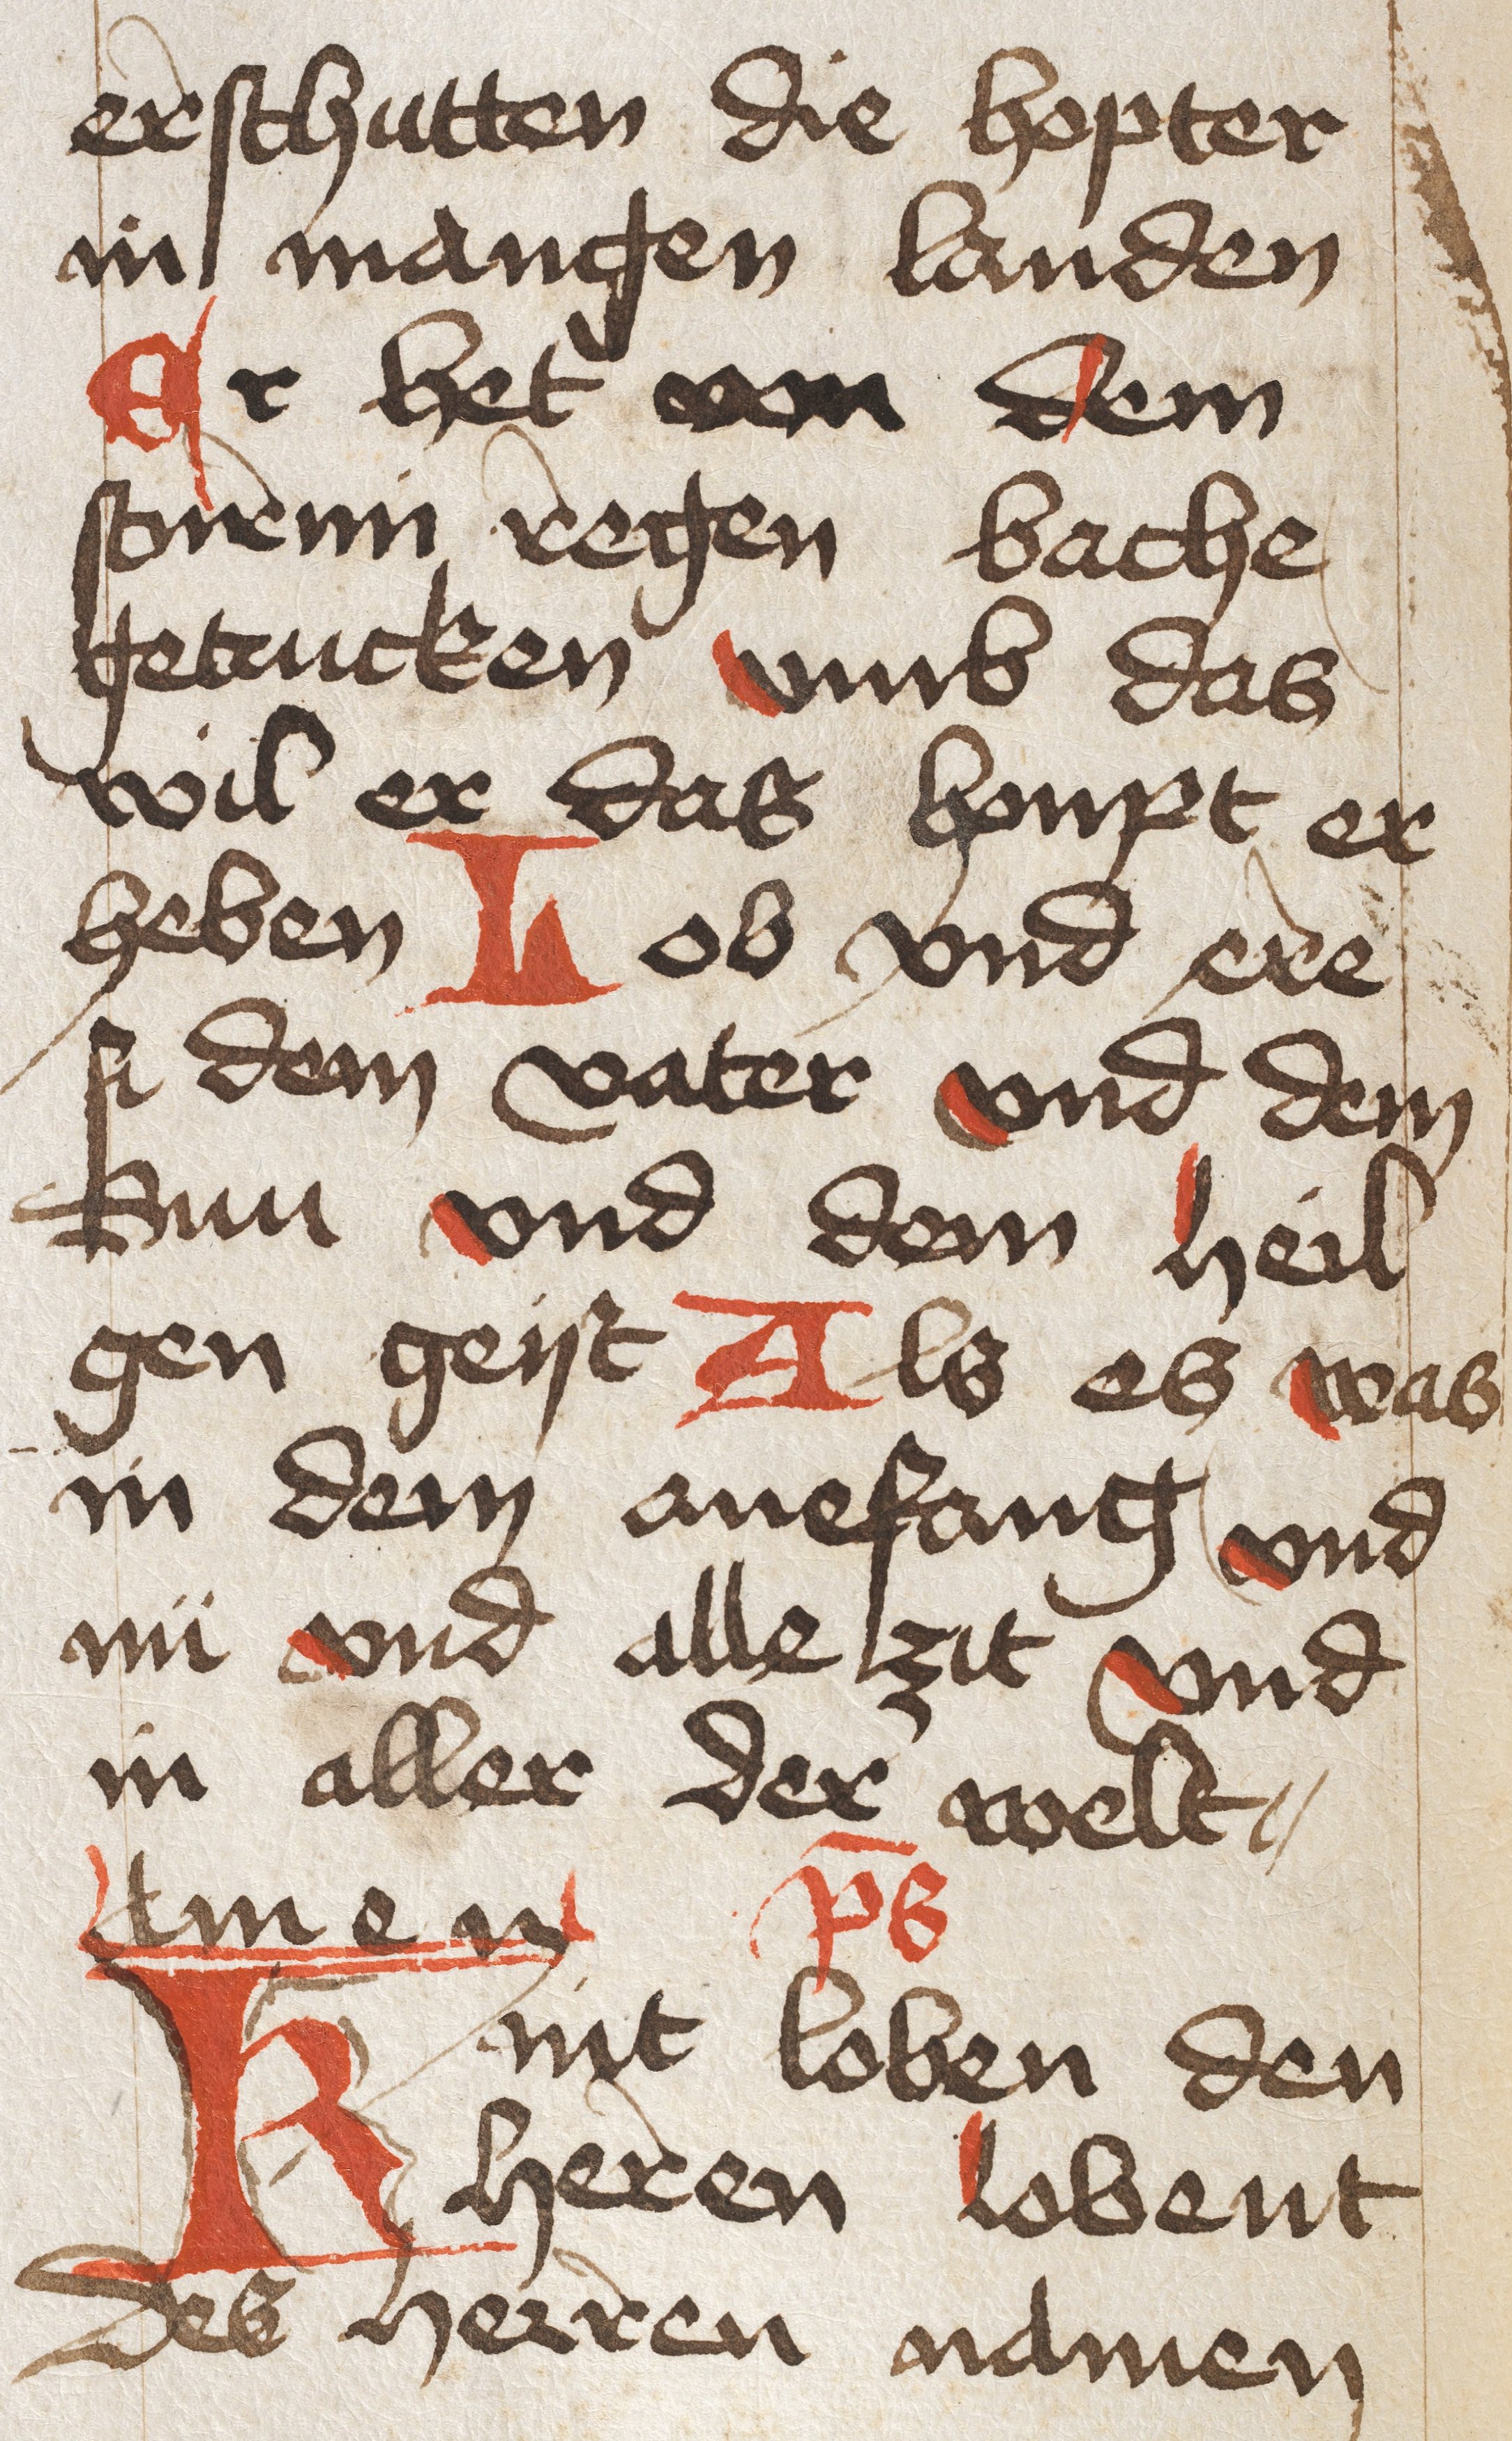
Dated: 1450–1499